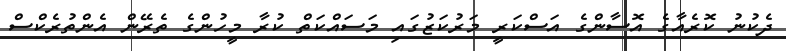
ދެކުނު ކޮރެއާގެ އޮސާންގެ އަސްކަރީ މަރުކަޒުގައި މަސައްކަތް ކުރާ މީހުންގެ ތެރޭން އެންތުރެކްސް